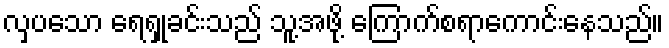
လှပသော ရေရှုခင်းသည် သူ့အဖို့ ကြောက်စရာကောင်းနေသည်။